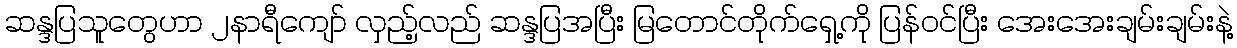
ဆန္ဒပြသူတွေဟာ ၂နာရီကျော် လှည့်လည် ဆန္ဒပြအပြီး မြတောင်တိုက်ရှေ့ကို ပြန်ဝင်ပြီး အေးအေးချမ်းချမ်းနဲ့